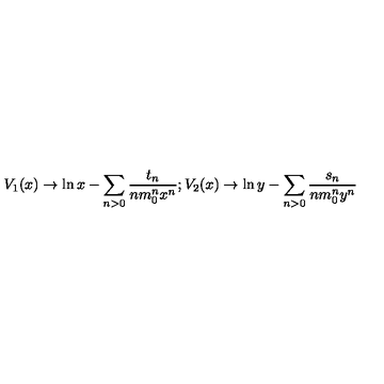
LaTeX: V _ { 1 } ( x ) \rightarrow \ln x - \sum _ { n > 0 } \frac { t _ { n } } { n m _ { 0 } ^ { n } x ^ { n } } ; V _ { 2 } ( x ) \rightarrow \ln y - \sum _ { n > 0 } \frac { s _ { n } } { n m _ { 0 } ^ { n } y ^ { n } }